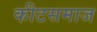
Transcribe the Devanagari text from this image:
कीटसमाज